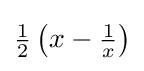
{\tfrac {1}{2}}\left(x-{\tfrac {1}{x}}\right)